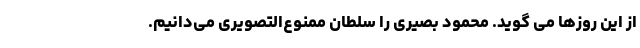
از این روزها می گوید. محمود بصیری را سلطان ممنوع‌التصویری می‌دانیم.